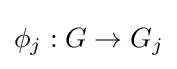
\phi _{j}:G\to G_{j}